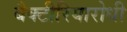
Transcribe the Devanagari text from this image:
बैक्टीरियारोधी